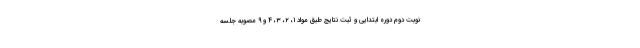
نوبت دوم دوره ابتدایی و ثبت نتایج طبق مواد ۱، ۲، ۳، ۴ و ۹ مصوبه جلسه